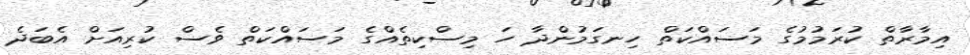
އިމާރާތް ކުރަމުމުގެ މަސައްކަތް ހިނގަމުންދާ ހަ މިސްކިތެއްގެ މަސައްކަތް ވެސް ކުރިއަށް އެބަދެ